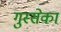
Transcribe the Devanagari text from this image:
गुस्सेका